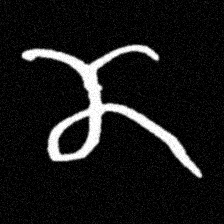
Pyu character \u2014 Myanmar letter: ဏ (romanized: nna)